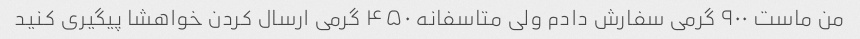
من ماست ۹۰۰ گرمی سفارش دادم ولی متاسفانه ۴۵۰ گرمی ارسال کردن خواهشا پیگیری کنید